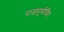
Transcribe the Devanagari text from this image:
राजनुमोदित